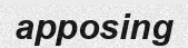
apposing